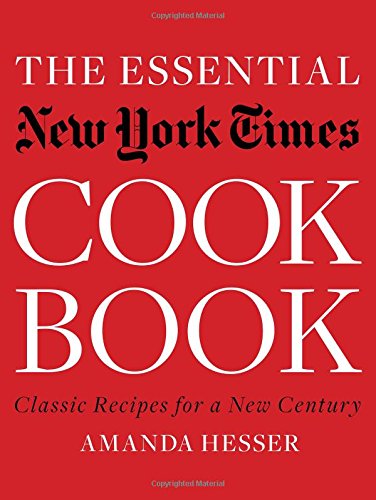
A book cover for The Essential New York Times Cookbook: Classic Recipes for a New Century; Amanda Hesser; Cookbooks, Food & Wine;